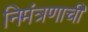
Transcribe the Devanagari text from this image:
निमंत्रणाची